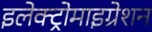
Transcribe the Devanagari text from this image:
इलेक्ट्रोमाइग्रेशन